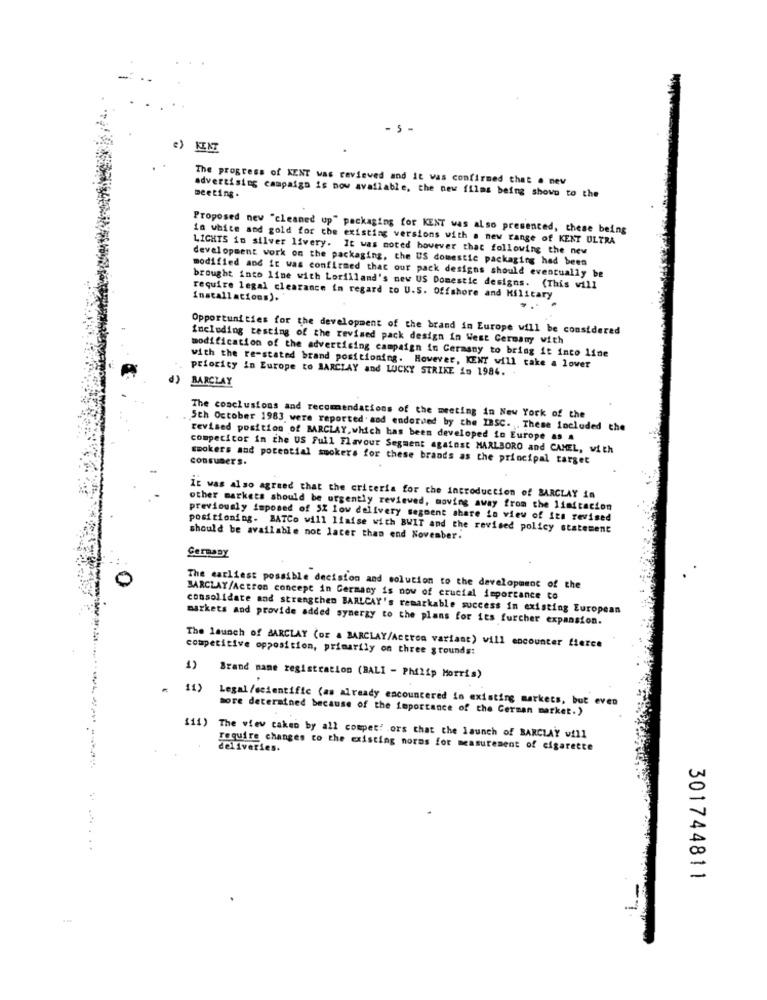
- 5 -
") KENT
The progress of KENT was reviewed and it was confirmed that . nev
meeting.
advertising campaign is now available, the new films being shown to the
Proposed new "cleaned up" packaging for KENT was also presenced, these being
in white and gold for the existing versions with a new range of KENT ULTRA
LICHTS in silver livery. It was noted however that following the new
development work on the packaging, the US domestic packaging had been
modified and it was confirmed that our pack designs should eventually be
brought into line with Lorilland's new US Domestic designs. (This will
require legal clearance in regard to U.S. Offshore and Military
Installations).
Opportunities for the development of the brand in Europe will be considered
Including testing of the revised pack design in West Germany with
modification of the advertising campaign in Germany to bring it into line
with the re-stated brand positioning. However, KENT will take a lover
priority in Europe to BARCLAY and LUCKY STRIKE in 1984.
d) BARCLAY
The conclusions and recommendations of the meeting in New York of the
5th October 1983 were reported. and endorded by the IBSC. These Included the
revised position of BARCLAY, which has been developed in Europe as a
compecicor in the US Full Flavour Segment against MARLBORO and CAMEL, with
consumers.
smokers and potential smokers for these brands as the principal target
It was also agreed that the criteria for the introduction of BARCLAY in
other markets should be urgently reviewed, moving away from the limitacion
previously imposed of SZ low delivery segment share io view of its revised
positioning. BATCo will liaise with BWIT and the revised policy statement
should be available not later than end November.
SerpaBy
The earliest possible decision and solution to the development of the
BARCLAY/Actron concept in Germany is now of crucial importance to
consolidate and strengthen BARLCAY's remarkable success in existing European
markets and provide added synergy to the plans for its furcher expansion.
competitive opposition, primarily on three grounds:
The launch of BARCLAY (DE & BARCLAY/Actron variant) will encounter fierce
1)
Brand name registration (BALI - Philip Morris)
.
11)
Legal /scientific (as already encountered in existing markets, but even
more determined because of the importance of the German market.)
111) The view cakeo by all compet! . ors that the launch of BARCLAY will
require changes co the existing norms for measurement of cigarette
deliveries.
.......
301744811